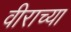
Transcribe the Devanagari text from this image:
वीराच्या